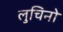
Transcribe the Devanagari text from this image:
लुचिनो